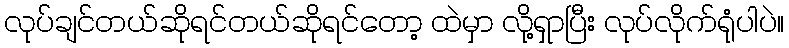
လုပ်ချင်တယ်ဆိုရင်တယ်ဆိုရင်တော့ ထဲမှာ လို့ရှာပြီး လုပ်လိုက်ရုံပါပဲ။